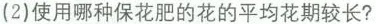
(2)使用哪种保花肥的花的平均花期较长?